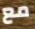
مع